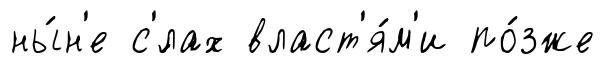
ны́н'е с'́лах власт'я́м'и по́зже